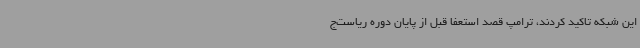
این شبکه تاکید کردند،‌ ترامپ قصد استعفا قبل از پایان دوره ریاست‌ج